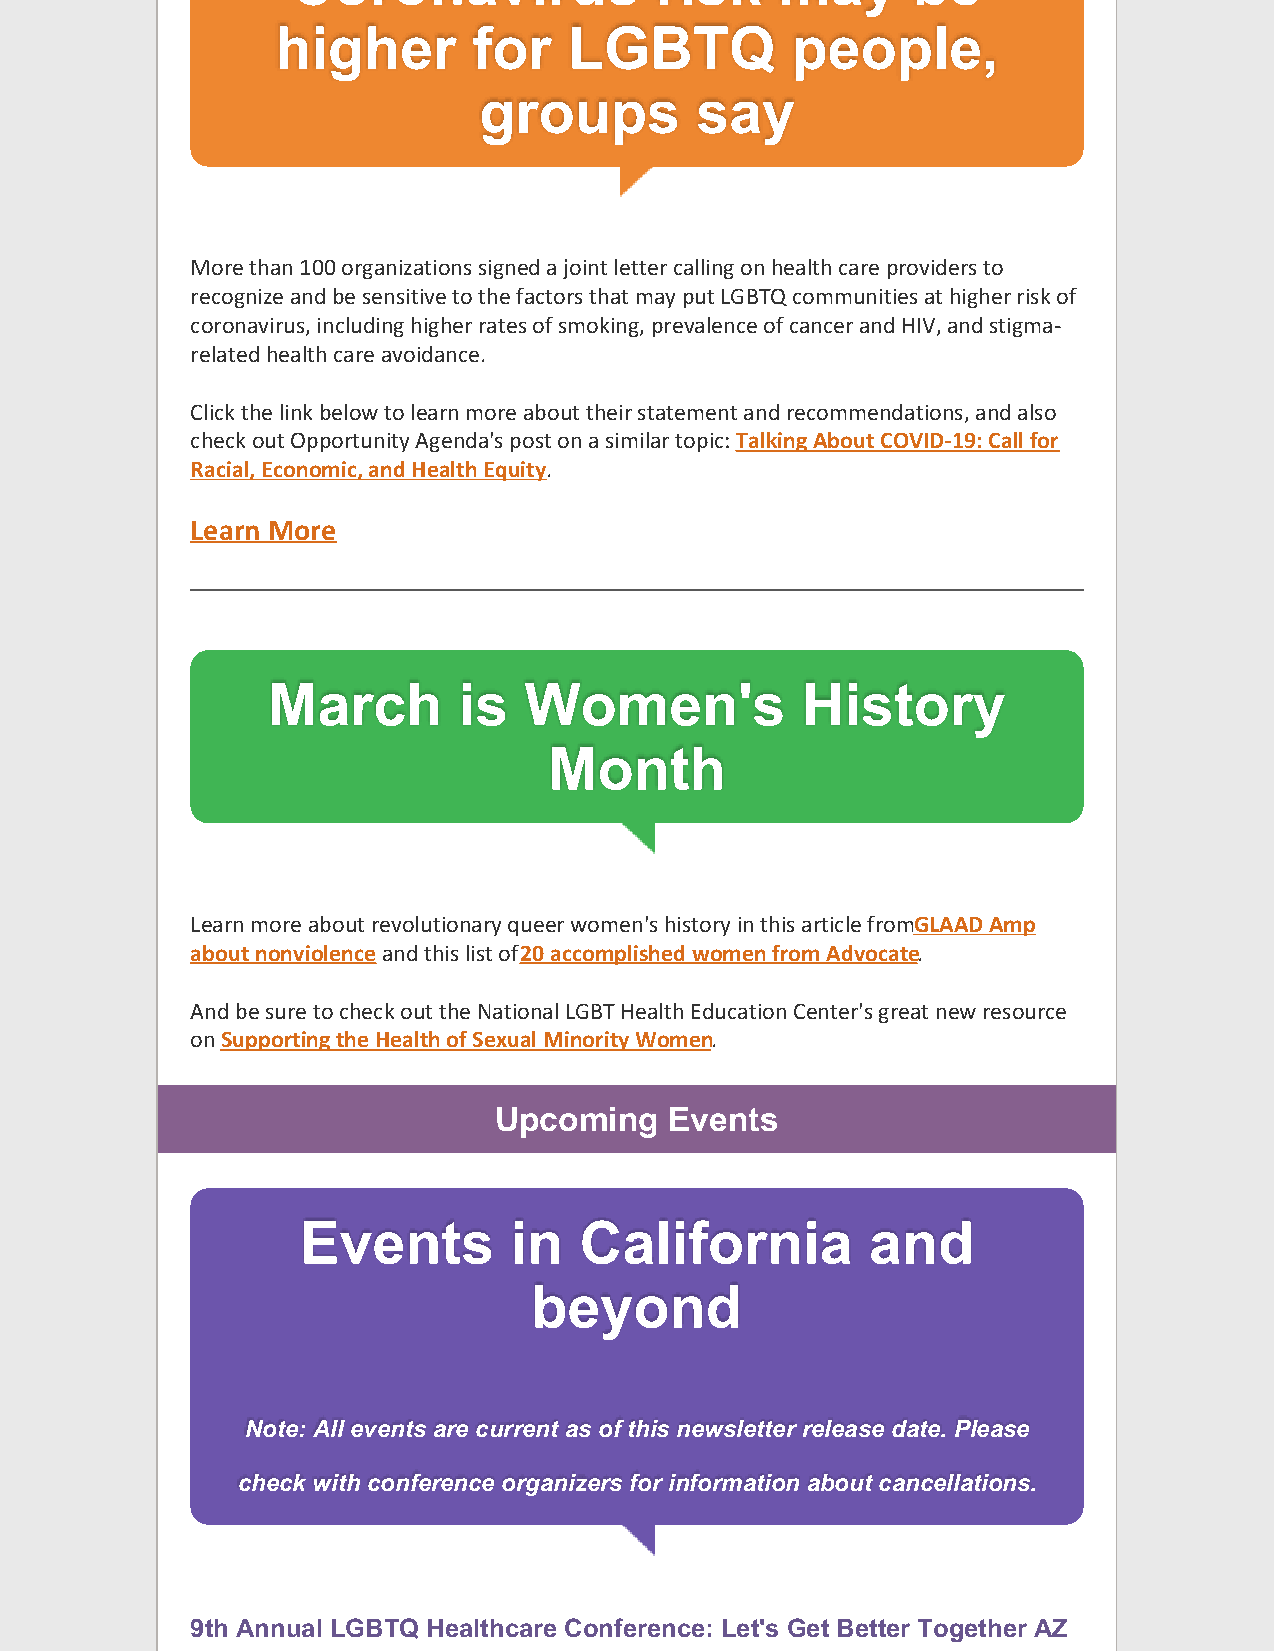
Coronavirus             risk     may     be
 higher       for    LGBTQ         people,
 groups        say
 More than 100 organizations signed a joint letter calling on health care providers to
 recognize and be sensitive to the factors that may put LGBTQ communities at higher risk of
 coronavirus, including higher rates of smoking, prevalence of cancer and HIV, and stigma-
 related health care avoidance.
 Click the link below to learn more about their statement and recommendations, and also
 check out Opportunity Agenda's post on a similar topic: Talking About COVID-19: Call for
 Racial, Economic, and Health Equity.
 Learn More
 March       is   Women's           History
 Month
 Learn more about revolutionary queer women's history in this article fromG LAAD Amp
 about nonviolence and this list of 20 accomplished women from Advocate.
 And be sure to check out the National LGBT Health Education Center's great new resource
 on Supporting the Health of Sexual Minority Women.
 Upcoming   Events
 Events        in  California          and
 beyond
 Note: All events are current as of this newsletter release date. Please
 check with conference organizers for information about cancellations.
 9th Annual LGBTQ Healthcare Conference: Let's Get Better Together AZ